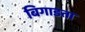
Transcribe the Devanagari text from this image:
बिगाडता